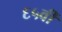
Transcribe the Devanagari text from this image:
६५वीं